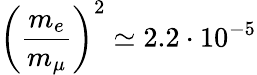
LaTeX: \left(\frac{m_{e}}{m_{\mu}}\right)^{2}\simeq 2.2\cdot 10^{-5}